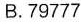
B.79777